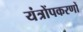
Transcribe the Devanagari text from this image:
यंत्रोंपकरणों